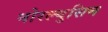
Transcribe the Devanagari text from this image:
नोरल्युसिन